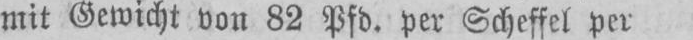
mit Gewicht von 82 Pfd. per Scheffel per